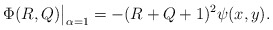
\begin{align*}\Phi(R,Q)\big|_{\alpha=1}=-(R+Q+1)^2\psi(x,y).\end{align*}